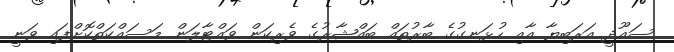
ސައޫދީ އަރަބިޔާ އާއި ހުޅަނގުގެ ބާރުތައް ބައްޝާރުގެ ވެރިކަން ވައްޓާލަން މަސައްކަތްކޮށްފައި ވަނީ